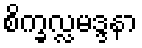
စိက္ခလ္လမဒ္ဒနာ